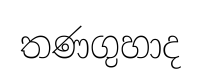
තණගුහාද